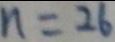
n = 2 6